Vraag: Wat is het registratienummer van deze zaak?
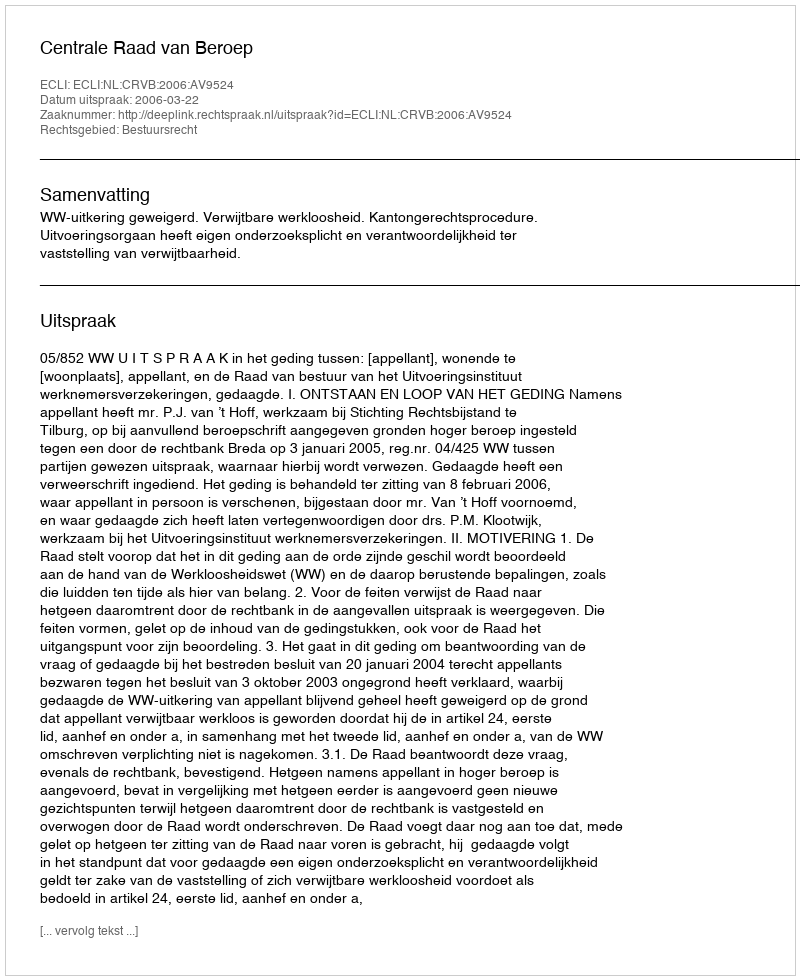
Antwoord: http://deeplink.rechtspraak.nl/uitspraak?id=ECLI:NL:CRVB:2006:AV9524